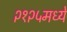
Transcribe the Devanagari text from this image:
२१२५मध्ये